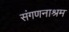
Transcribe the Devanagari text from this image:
संगणनाश्रम